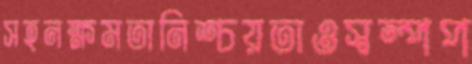
সহনক্ষমতানিশ্চয়তাওস্বল্পপ